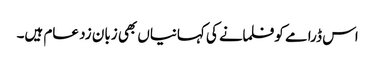
اس ڈرامے کو فلمانے کی کہانیاں بھی زبان زد عام ہیں۔